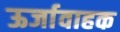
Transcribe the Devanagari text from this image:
ऊर्जावाहक